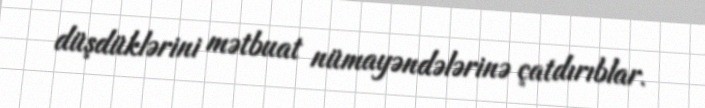
düşdüklərini mətbuat nümayəndələrinə çatdırıblar.